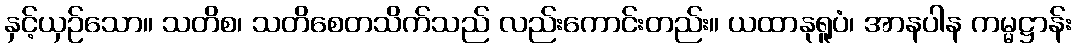
နှင့်ယှဉ်သော။ သတိစ၊ သတိစေတသိက်သည် လည်းကောင်းတည်း။ ယထာနုရူပံ၊ အာနပါန ကမ္မဋ္ဌာန်း